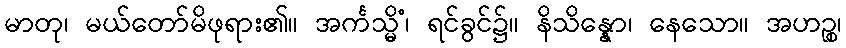
မာတု၊ မယ်တော်မိဖုရား၏။ အင်္ကသ္မိံ၊ ရင်ခွင်၌။ နိသိန္နော၊ နေသော။ အဟဉ္စ၊